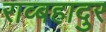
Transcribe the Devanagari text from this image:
राव्बहादुर